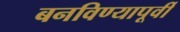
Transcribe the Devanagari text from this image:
बनविण्यापूर्वी